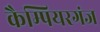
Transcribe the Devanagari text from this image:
कैम्पियरगंज